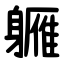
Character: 軅